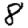
Digit: 8